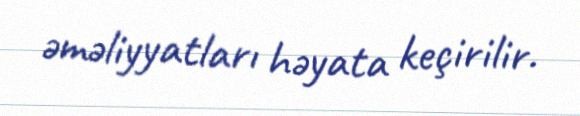
əməliyyatları həyata keçirilir.